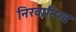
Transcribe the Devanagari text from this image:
निरवानिरव